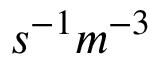
s ^ { - 1 } m ^ { - 3 }